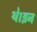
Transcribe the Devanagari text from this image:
थे।इन